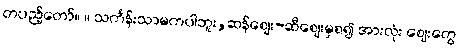
တပည့်တော်။ ။ သင်္ကန်းသာမကပါဘူး,ဆန်ဈေး-ဆီဈေးမှစ၍ အားလုံး ဈေးတွေ